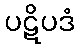
ပဋိပဒံ